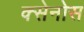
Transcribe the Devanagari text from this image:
क्सेनोस